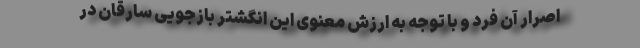
اصرار آن فرد و با توجه به ارزش معنوی این انگشتر بازجویی سارقان در